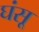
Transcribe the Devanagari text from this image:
घंसू